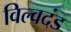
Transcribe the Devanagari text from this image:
विल्वदंड